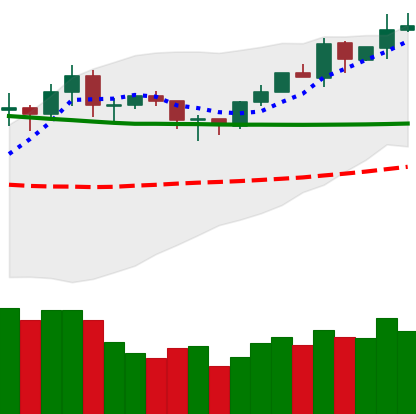
Ticker: ETH-USD
Chart end date: 2020-02-03
Forward return: 17.529%
Label: up_7plus